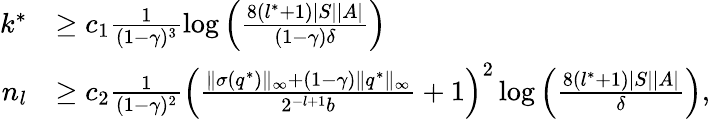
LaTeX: \begin{array}{rl}{k^{*}}&{\geq c_{1}\frac{1}{(1-\gamma)^{3}}\log\left(\frac{8(l^{*}+1)|S||A|}{(1-\gamma)\delta}\right)}\\ {n_{l}}&{\geq c_{2}\frac{1}{(1-\gamma)^{2}}\left(\frac{\| \sigma(q^{*})\| _{\infty}+(1-\gamma)\| q^{*}\| _{\infty}}{2^{-l+1}b}+1\right)^{2}\log\left(\frac{8(l^{*}+1)|S||A|}{\delta}\right),}\end{array}